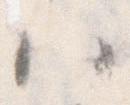
ハ